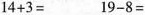
$$1 4 + 3 =$$ $$1 9 - 8 =$$